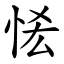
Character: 恡